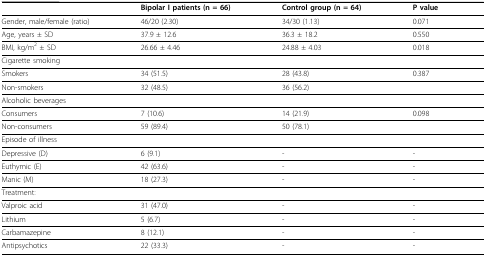
|  | Bipolar I patients (n = 66) | Control group (n = 64) | P value |
 | --- | --- | --- | --- |
 | Gender, male/female (ratio) | 46/20 (2.30) | 34/30 (1.13) | 0.071 |
 | Age, years ± SD | 37.9 ± 12.6 | 36.3 ± 18.2 | 0.550 |
 | BMI, kg/m2 ± SD | 26.66 ± 4.46 | 24.88 ± 4.03 | 0.018 |
 | Cigarette smoking |  |  |  |
 | Smokers | 34 (51.5) | 28 (43.8) | 0.387 |
 | Non-smokers | 32 (48.5) | 36 (56.2) |  |
 | Alcoholic beverages |  |  |  |
 | Consumers | 7 (10.6) | 14 (21.9) | 0.098 |
 | Non-consumers | 59 (89.4) | 50 (78.1) |  |
 | Episode of illness |  |  |  |
 | Depressive (D) | 6 (9.1) | - | - |
 | Euthymic (E) | 42 (63.6) | - | - |
 | Manic (M) | 18 (27.3) | - | - |
 | Treatment: |  |  |  |
 | Valproic acid | 31 (47.0) | - | - |
 | Lithium | 5 (6.7) | - | - |
 | Carbamazepine | 8 (12.1) | - | - |
 | Antipsychotics | 22 (33.3) | - | - |